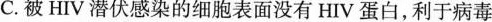
C.被HIV潜伏感染的细胞表面没有HIV蛋白，利于病毒